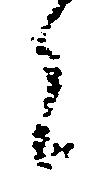
者